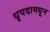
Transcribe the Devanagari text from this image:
धृपदामधून